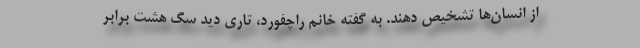
از انسان‌ها تشخیص دهند. به گفته خانم راچفورد، تاری دید سگ‌ هشت برابر